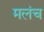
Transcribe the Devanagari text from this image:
मलंच